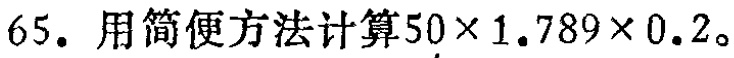
65. 用简便方法计算\(50\times1.789\times0.2\)。